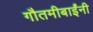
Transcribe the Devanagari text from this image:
गौतमीबाईंनी